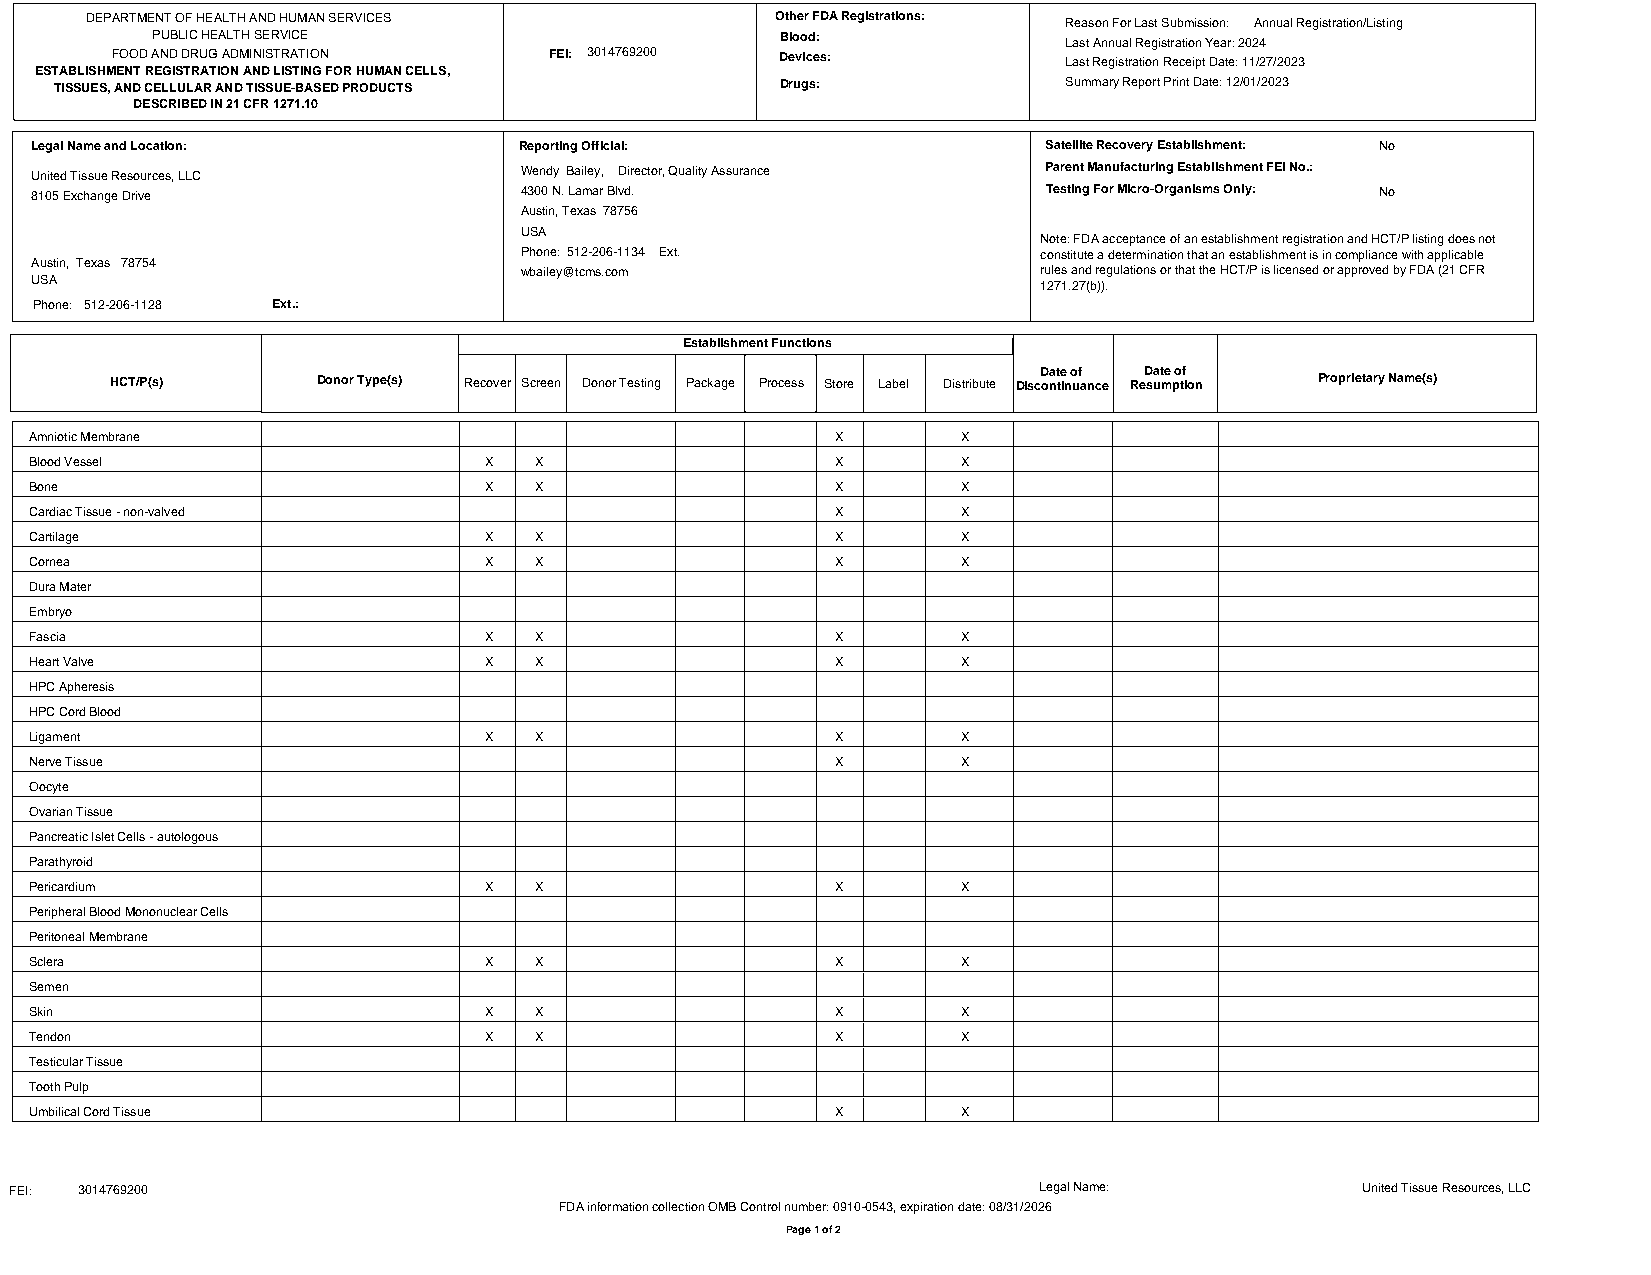
DEPARTMENT OF HEALTH AND HUMAN SERVICES      Other FDA Registrations: Reason For Last Submission: Annual Registration/Listing
 PUBLIC HEALTH SERVICE                     Blood:            Last Annual Registration Year: 2024
 FOOD AND DRUG ADMINISTRATION FEI: 3014769200 Devices:          Last Registration Receipt Date: 11/27/2023
 ESTABLISHMENT REGISTRATION AND LISTING FOR HUMAN CELLS,
 TISSUES, AND CELLULAR AND TISSUE-BASED PRODUCTS Drugs:            Summary Report Print Date: 12/01/2023
 DESCRIBED IN 21 CFR 1271.10
 Legal Name and Location:        Reporting Official:                Satellite Recovery Establishment: No
 United Tissue Resources, LLC    Wendy Bailey, Director, Quality Assurance Parent Manufacturing Establishment FEI No.:
 8105 Exchange Drive             4300 N. Lamar Blvd.                Testing For Micro-Organisms Only: No
 Austin, Texas 78756
 USA
 Note: FDA acceptance of an establishment registration and HCT/P listing does not
 Phone: 512-206-1134 Ext.           constitute a determination that an establishment is in compliance with applicable
 Austin, Texas 78754
 wbailey@tcms.com                   rules and regulations or that the HCT/P is licensed or approved by FDA (21 CFR
 USA                                                                1271.27(b)).
 Phone: 512-206-1128 Ext.:
 Establishment Functions
 Date of Date of
 HCT/P(s)      Donor Type(s) Recover Screen Donor Testing Package Process Store Label Distribute Discontinuance Resumption Proprietary Name(s)
 Amniotic Membrane                                    X        X
 Blood Vessel                  X  X                   X        X
 Bone                          X  X                   X        X
 Cardiac Tissue - non-valved                          X        X
 Cartilage                     X  X                   X        X
 Cornea                        X  X                   X        X
 Dura Mater
 Embryo
 Fascia                        X  X                   X        X
 Heart Valve                   X  X                   X        X
 HPC Apheresis
 HPC Cord Blood
 Ligament                      X  X                   X        X
 Nerve Tissue                                         X        X
 Oocyte
 Ovarian Tissue
 Pancreatic Islet Cells - autologous
 Parathyroid
 Pericardium                   X  X                   X        X
 Peripheral Blood Mononuclear Cells
 Peritoneal Membrane
 Sclera                        X  X                   X        X
 Semen
 Skin                          X  X                   X        X
 Tendon                        X  X                   X        X
 Testicular Tissue
 Tooth Pulp
 Umbilical Cord Tissue                                X        X
 FEI: 3014769200                                                     Legal Name:          United Tissue Resources, LLC
 FDA information collection OMB Control number: 0910-0543, expiration date: 08/31/2026
 Page 1 of 2